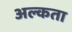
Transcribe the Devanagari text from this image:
अल्कता